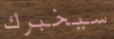
سيخبرك